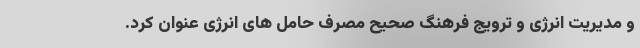
و مدیریت انرژی و ترویج فرهنگ صحیح مصرف حامل های انرژی عنوان ‌کرد.